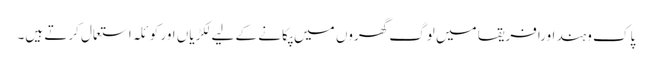
پاک وہند اورافریقا میں لوگ گھروں میں پکانے کے لیے لکڑیاں اور کوئلہ استعمال کرتے ہیں۔